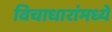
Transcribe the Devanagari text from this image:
विचाधारांमध्ये